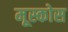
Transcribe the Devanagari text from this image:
मूस्कोस